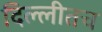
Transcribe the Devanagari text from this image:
दिल्लीतच